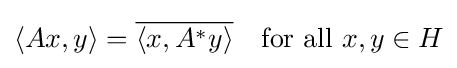
\langle Ax,y\rangle ={\overline {\left\langle x,A^{*}y\right\rangle }}\quad {\text{for all }}x,y\in H